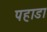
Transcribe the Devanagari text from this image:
पहाडा